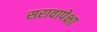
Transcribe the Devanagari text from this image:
सरावापेक्षा